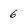
Character: 6